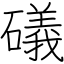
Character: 礒